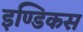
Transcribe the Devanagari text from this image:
इण्डिकस